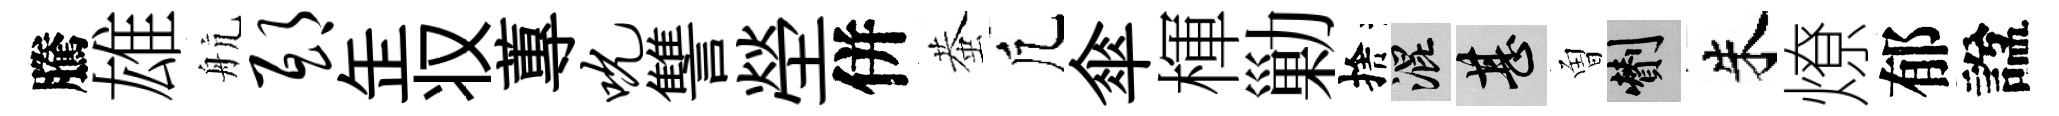
騰雄航邸𦈢𠬧蓴吮讐塋併蛬凢傘楎勦捨混甚曽剪朱燎郁諡